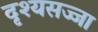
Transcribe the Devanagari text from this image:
दृश्यसज्जा